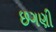
છગણી